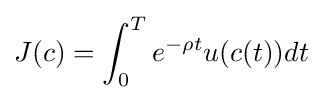
J(c)=\int _{0}^{T}e^{-\rho t}u(c(t))dt